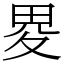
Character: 畟